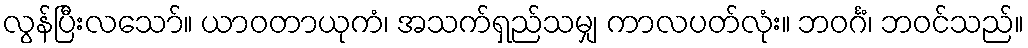
လွန်ပြီးလသော်။ ယာဝတာယုကံ၊ အသက်ရှည်သမျှ ကာလပတ်လုံး။ ဘဝင်္ဂံ၊ ဘဝင်သည်။